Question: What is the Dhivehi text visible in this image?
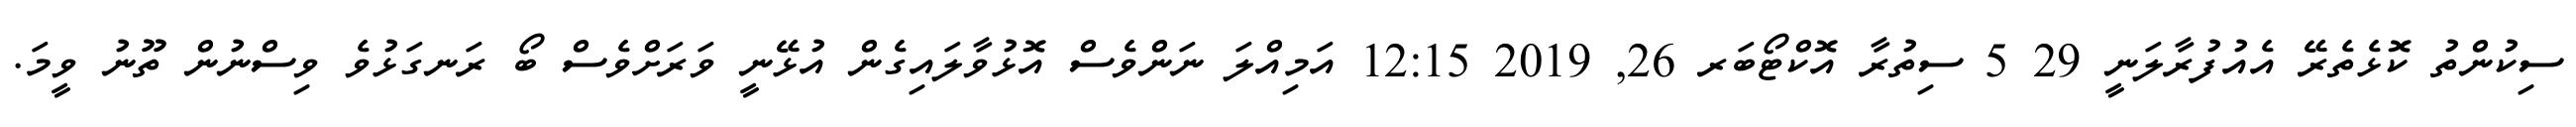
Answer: ސިކުންތު ކޮޅެތެރޭ އެއުފުރާލަނީ 29 5 ސިތުރާ އޮކްޓޯބަރ 26, 2019 12:15 އަމިއްލަ ނަންވެސް އޮޅުވާލައިގެން އުޅޭނީ ވަރަށްވެސް ބޯ ރަނގަޅުވެ ވިސްނުން ތޫނު ވީމަ.